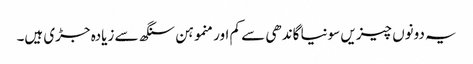
یہ دونوں چیزیں سونیا گاندھی سے کم اور منموہن سنگھ سے زیادہ جڑی ہیں۔